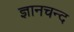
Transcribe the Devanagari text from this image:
ज्ञानचन्द